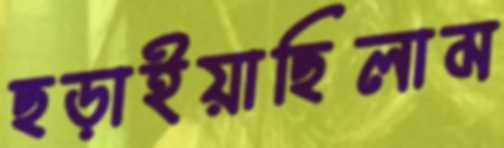
ছড়াইয়াছিলাম